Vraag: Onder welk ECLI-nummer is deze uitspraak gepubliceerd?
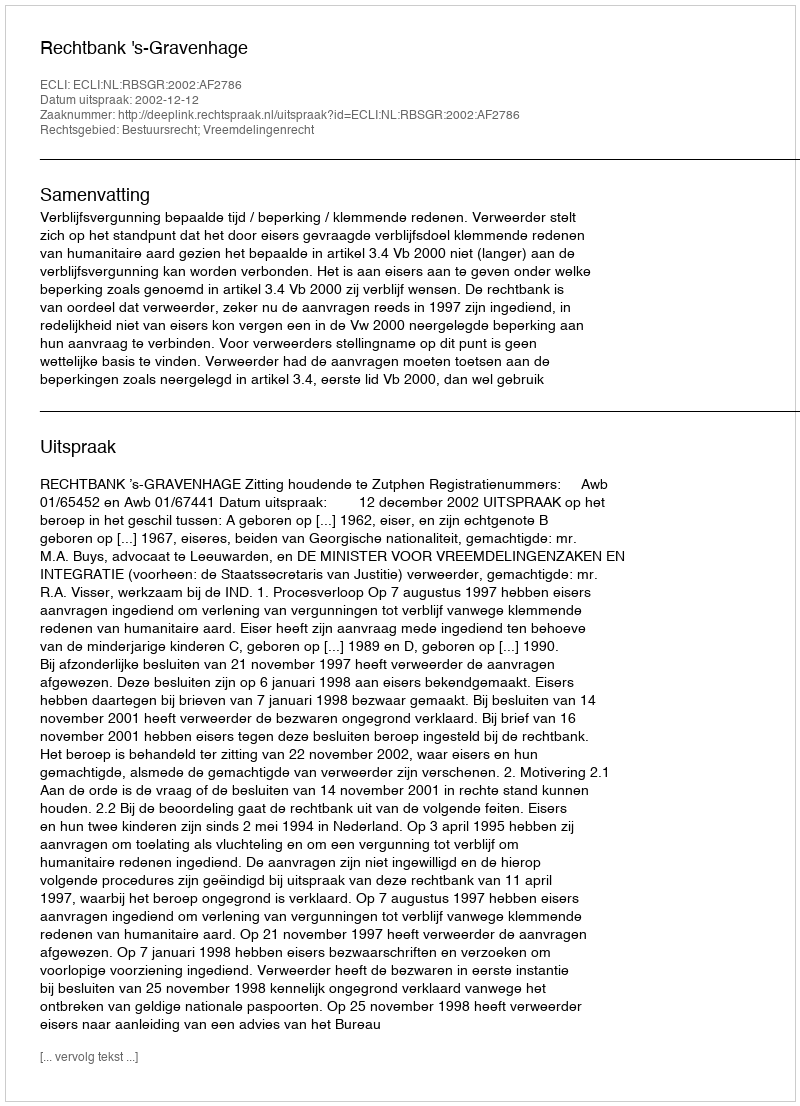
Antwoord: ECLI:NL:RBSGR:2002:AF2786